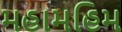
મહામહિમ